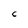
Character: c